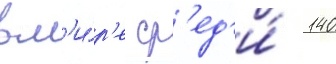
в м'и́р'е ср'ед'и́ 140